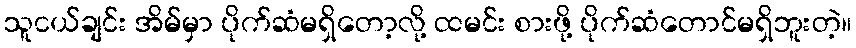
သူငယ်ချင်း အိမ်မှာ ပိုက်ဆံမရှိတော့လို့ ထမင်း စားဖို့ ပိုက်ဆံတောင်မရှိဘူးတဲ့။